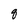
Character: 8